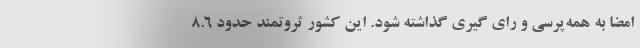
امضا به همه‌پرسی و رای گیری گذاشته شود. این کشور ثروتمند حدود 8.6